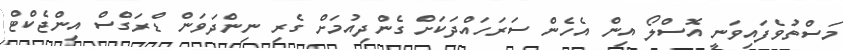
މަސްތުވެފައިވަނީ އޮސްލޯ އިން އެހެން ސަރަހައްދަކަށް ގެންދިއުމަށް ގެރި ނިންދަވަން ޑްރަގްސް އިންޖެކްޓް